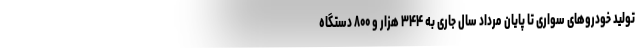
تولید خودروهای سواری تا پایان مرداد سال جاری به ۳۴۴ هزار و ۸۰۰ دستگاه